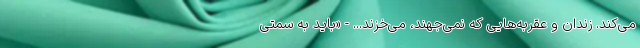
می‌کند. زندان و عقربه‌هایی که نمی‌جهند، می‌خزند... - «باید به سمتی